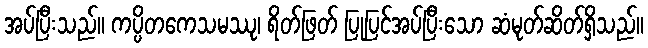
အပ်ပြီးသည်။ ကပ္ပိတကေသမဿု၊ ရိတ်ဖြတ် ပြုပြင်အပ်ပြီးသော ဆံမုတ်ဆိတ်ရှိသည်။